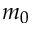
m _ { 0 }